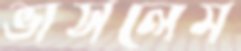
ভাসলেম